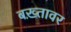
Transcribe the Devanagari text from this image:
बख़्तावर